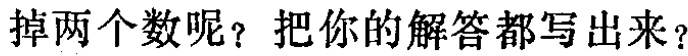
掉两个数呢？把你的解答都写出来？